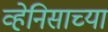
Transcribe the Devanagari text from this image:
व्हेनिसाच्या